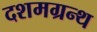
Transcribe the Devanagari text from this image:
दशमग्रन्थ